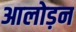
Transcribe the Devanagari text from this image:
आलोड़न